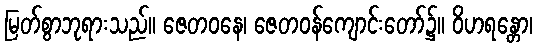
မြတ်စွာဘုရားသည်။ ဇေတဝနေ၊ ဇေတဝန်ကျောင်းတော်၌။ ဝိဟရန္တော၊